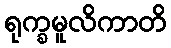
ရုက္ခမူလိကာတိ